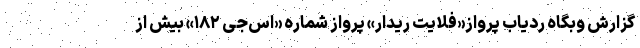
گزارش وبگاه ردیاب پرواز«فلایت ریدار» پرواز شماره «اس‌جی ۱۸۲» بیش از